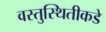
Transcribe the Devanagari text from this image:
वस्तुस्थितीकडे